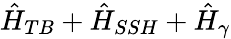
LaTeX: \hat{H}_{TB}+\hat{H}_{SSH}+\hat{H}_{\gamma}